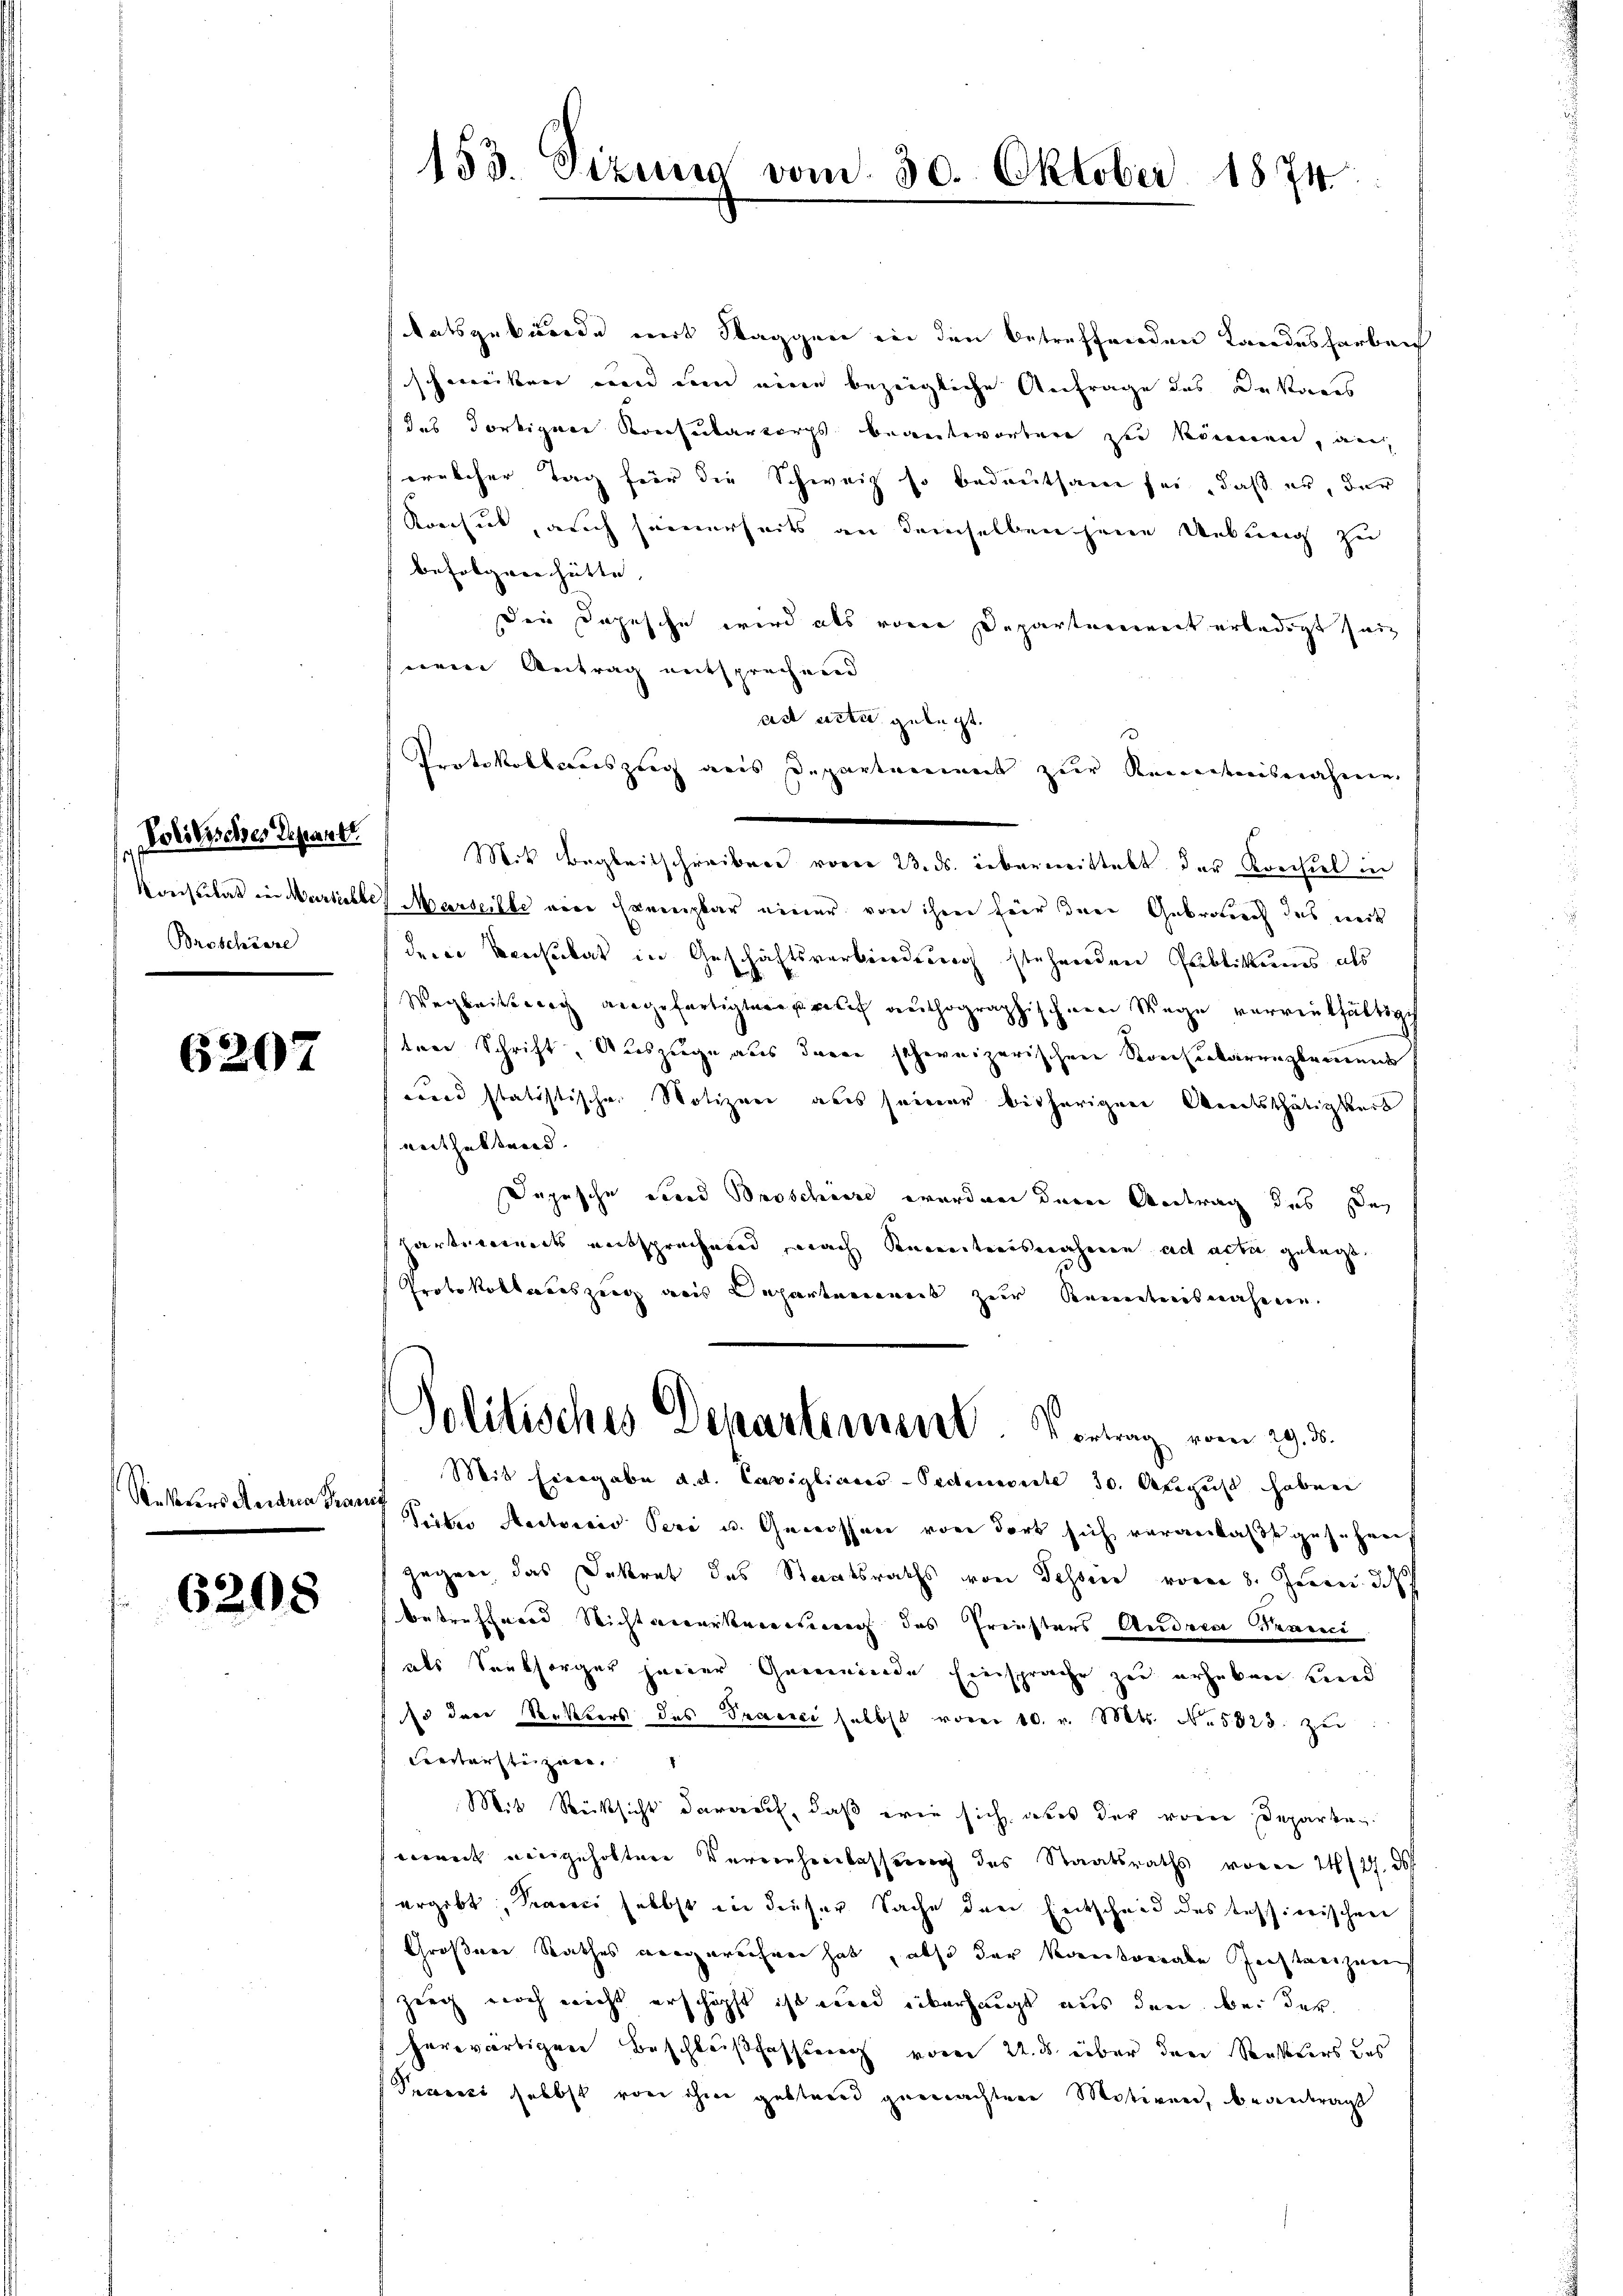
Broschiere

6207

Rekurs Andern Pranf

6208

tatsgebürde mit Staggen in den betreffenden Landesfarbei
schweiten und um eine bezeigliche Anfrage des Dekanns
 des dortiger Konsularkorps beantworten zu können, au
welcher Tag für die Schweiz so bedeutsam sei, daß er, der
Korhut, auch seinerseits an demselben jene Uebung zu
befolgen hätte, |
Die Depesche wird als von Departement erledigt sei
hnem Antrag entsprechend
ad acta gelegt.
Portokollsauszeig aus Departement zur Kenntnisnahmen.
Politisches Repart (Mit Begleitschreiben vom 23. ds. übermittelt der Krechtel in
Konsulat in Marticles Marseille eine Ernenbar einer von ihm fierinne Gebrauch das weit
dere Mensubat in Geschäftsverbindung stehenden Publikums als
Wegleitsnach angefertigten relich authographischen Wege verrentfältige
tare Schrift, Auszüge aus derer schweizerischen Konserbarenzlement
wird statistischen Notizen aus seiner bisherigen Werdesthätigkeit
enthaltend.
Dopische ebend Barschäre wurden deren Antrag des des
hartements entsprechend, nach Kennertensnahmen ad acta gelegt.
Protokollenszeig aus Departement zur Kenntnisnahmen.
Politisches Departement. Vortrag vom 29. d.
Mit Eisgabe d. d. Cavigliares-Tedenereite 30. August haben
Tieber Medicio Peri u. Genossen von dort sich veranlaßt geführen
gegen das Dekret des Staatsraths von Tessier von 3. Jun. d
betrefferer Richtanerkereiten des Freisters Andren Praeci
als Sanksorger jener Gemeinde Einsprache zu erheben und
13 dere Rektors des Pracci selbst vom 10. v. Mts. N. 5828. zu
Freitersteignen.
Mit Rücksicht darauf, daß wie sich aber der voren Departen.
wet eingeholten Vereinhenlassung des Staatsraths vor 14/27. d
ergibt, Pravici selbst in dieser Sache den Entscheid des Tessierischen
Großen Rathes vergerechnen hab, also der kantonale Rechteigung
zeug noch nicht erschöpft ist und überhaupt aus den bei der
herwärtigen Beschlußfassung vom 22. ds. über den Resters des
Peversi selbst von ihm gestand gemachten Motiven, bedeutragt

153. Sizung vom 30.

Oktober 1874

1